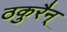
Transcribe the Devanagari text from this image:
ठकुरैन्